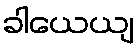
ခါယေယျ